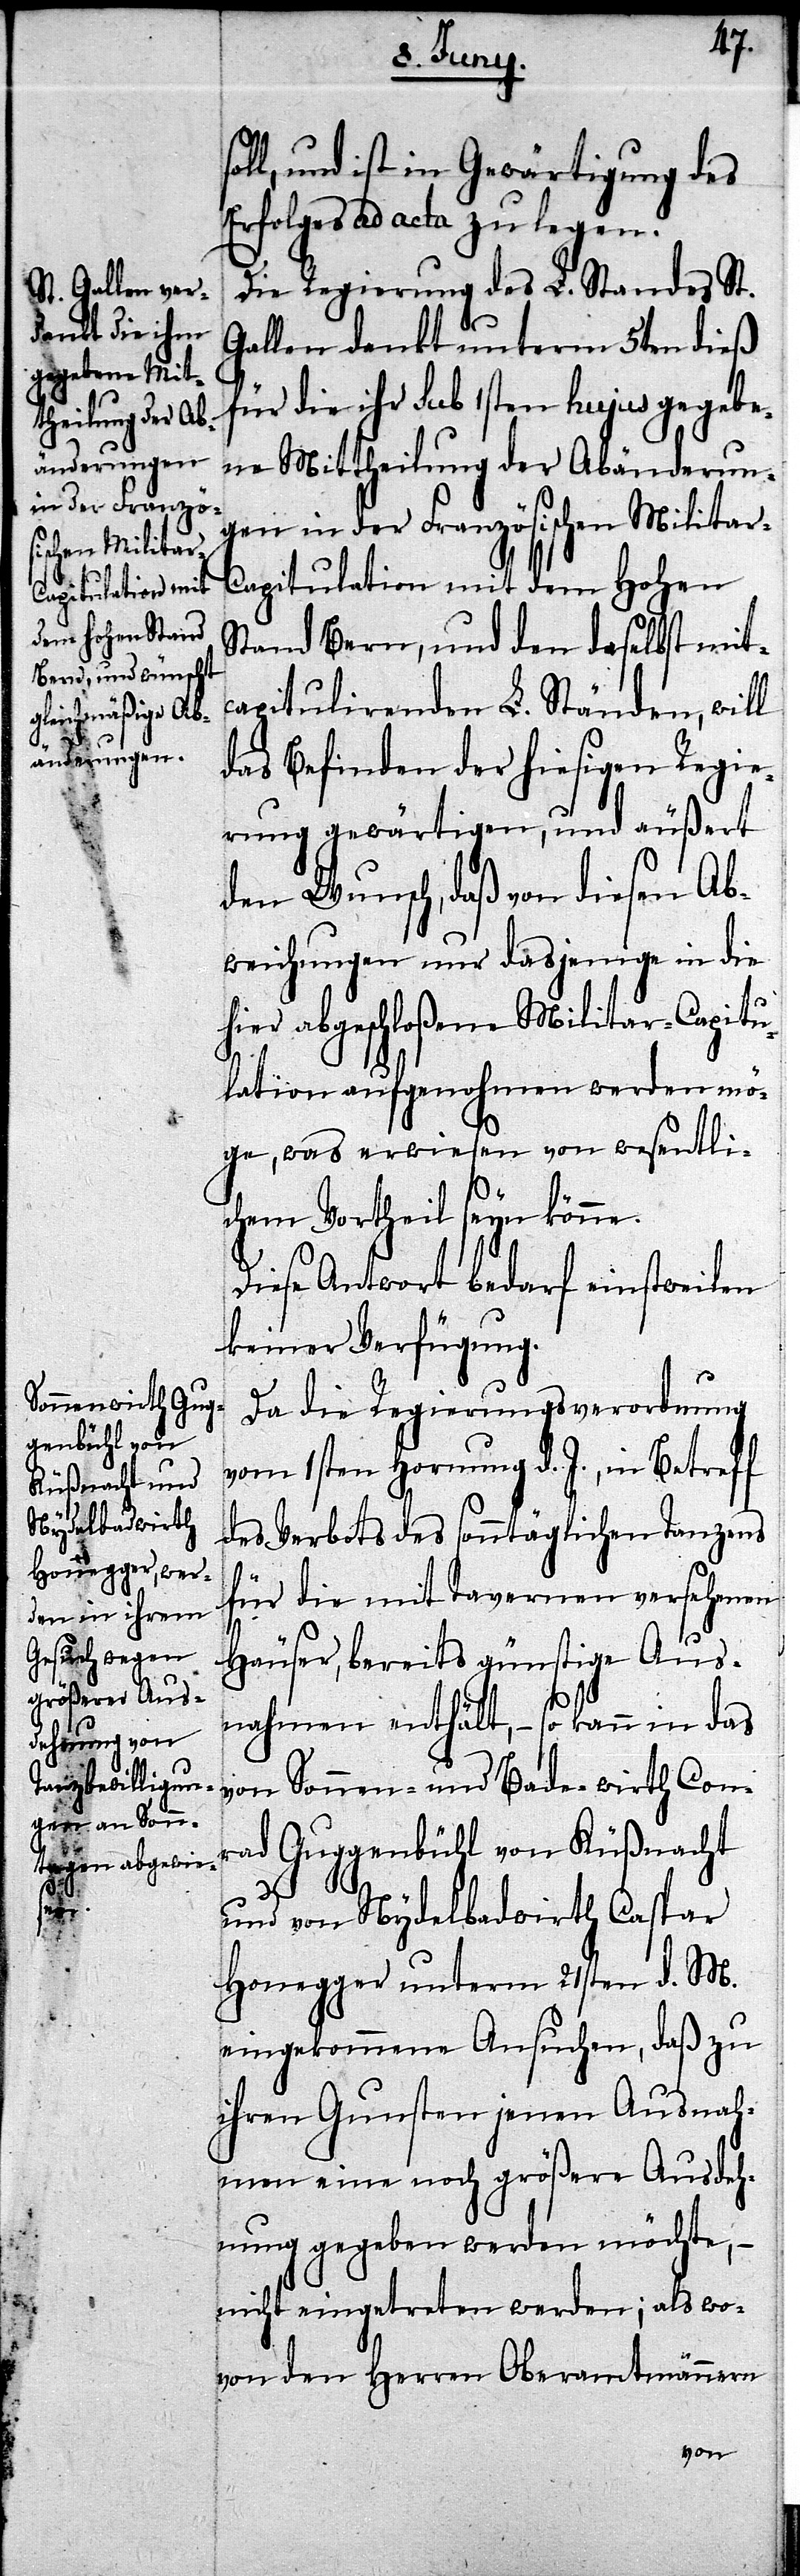
ll und ist in Gewärtigung des
Erfolges ad acta zu legen.
Die Regierung des L. Standes St.
Gallen dankt unterm 5ten dieß
für die ihr sub 1sten hujus gegebe¬
ne Mittheilung der Abänderun¬
gen in der Französischen Militar-C¬
apitulation mit dem Hohen
Stand Bern, und den daselbst mit¬
capitulirenden L. Ständen, will
das Befinden der hiesigen Regie¬
rung gewärtigen, und äußert
den Wunsch, daß von diesen Ab¬
weichungen nur dasjenige in die
hier abgeschloßene Militar-Capitu¬
lation aufgenohmen werden mö¬
ge, was erwiesen von wesentli¬
chem Vortheil seyn könne.
Diese Antwort bedarf einstweilen
keiner Verfügung.
Da die Regierungsverordnung
vom 1sten Hornung d. J., in Betreff
Bade-wirth
des Verbots des sonntäglichen Tanzens
für die mit Tavernen versehenen
Häuser, bereits günstige Aus¬
nahmen enthält, – so kann in das
ad Guggenbühl von Küßnacht
Conr¬
und von Nydelbadwirth Caspar
Honegger unterm 21sten d. M.
eingekommene Ansuchen, daß zu
ihren Gunsten jenen Ausnah¬
men eine noch größere Ausdeh¬
nung gegeben werden möchte, –
nicht eingetreten werden; als wo¬
von den Herren Oberamtmännern
von